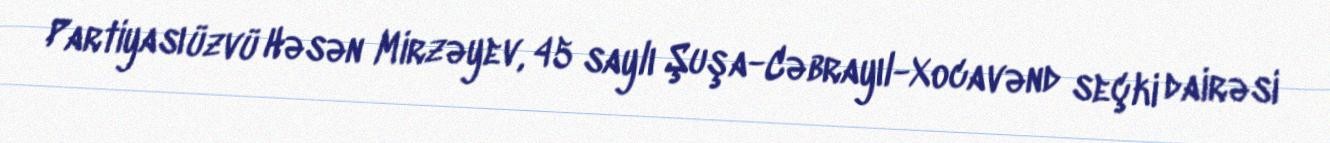
Partiyası üzvü Həsən Mirzəyev, 45 saylı Şuşa-Cəbrayıl-Xocavənd seçki dairəsi